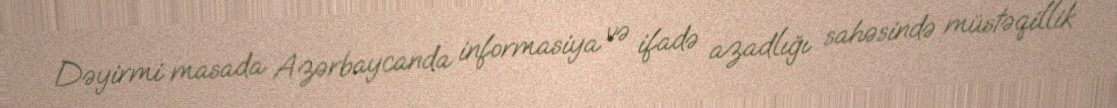
Dəyirmi masada Azərbaycanda informasiya və ifadə azadlığı sahəsində müstəqillik